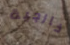
خارجية